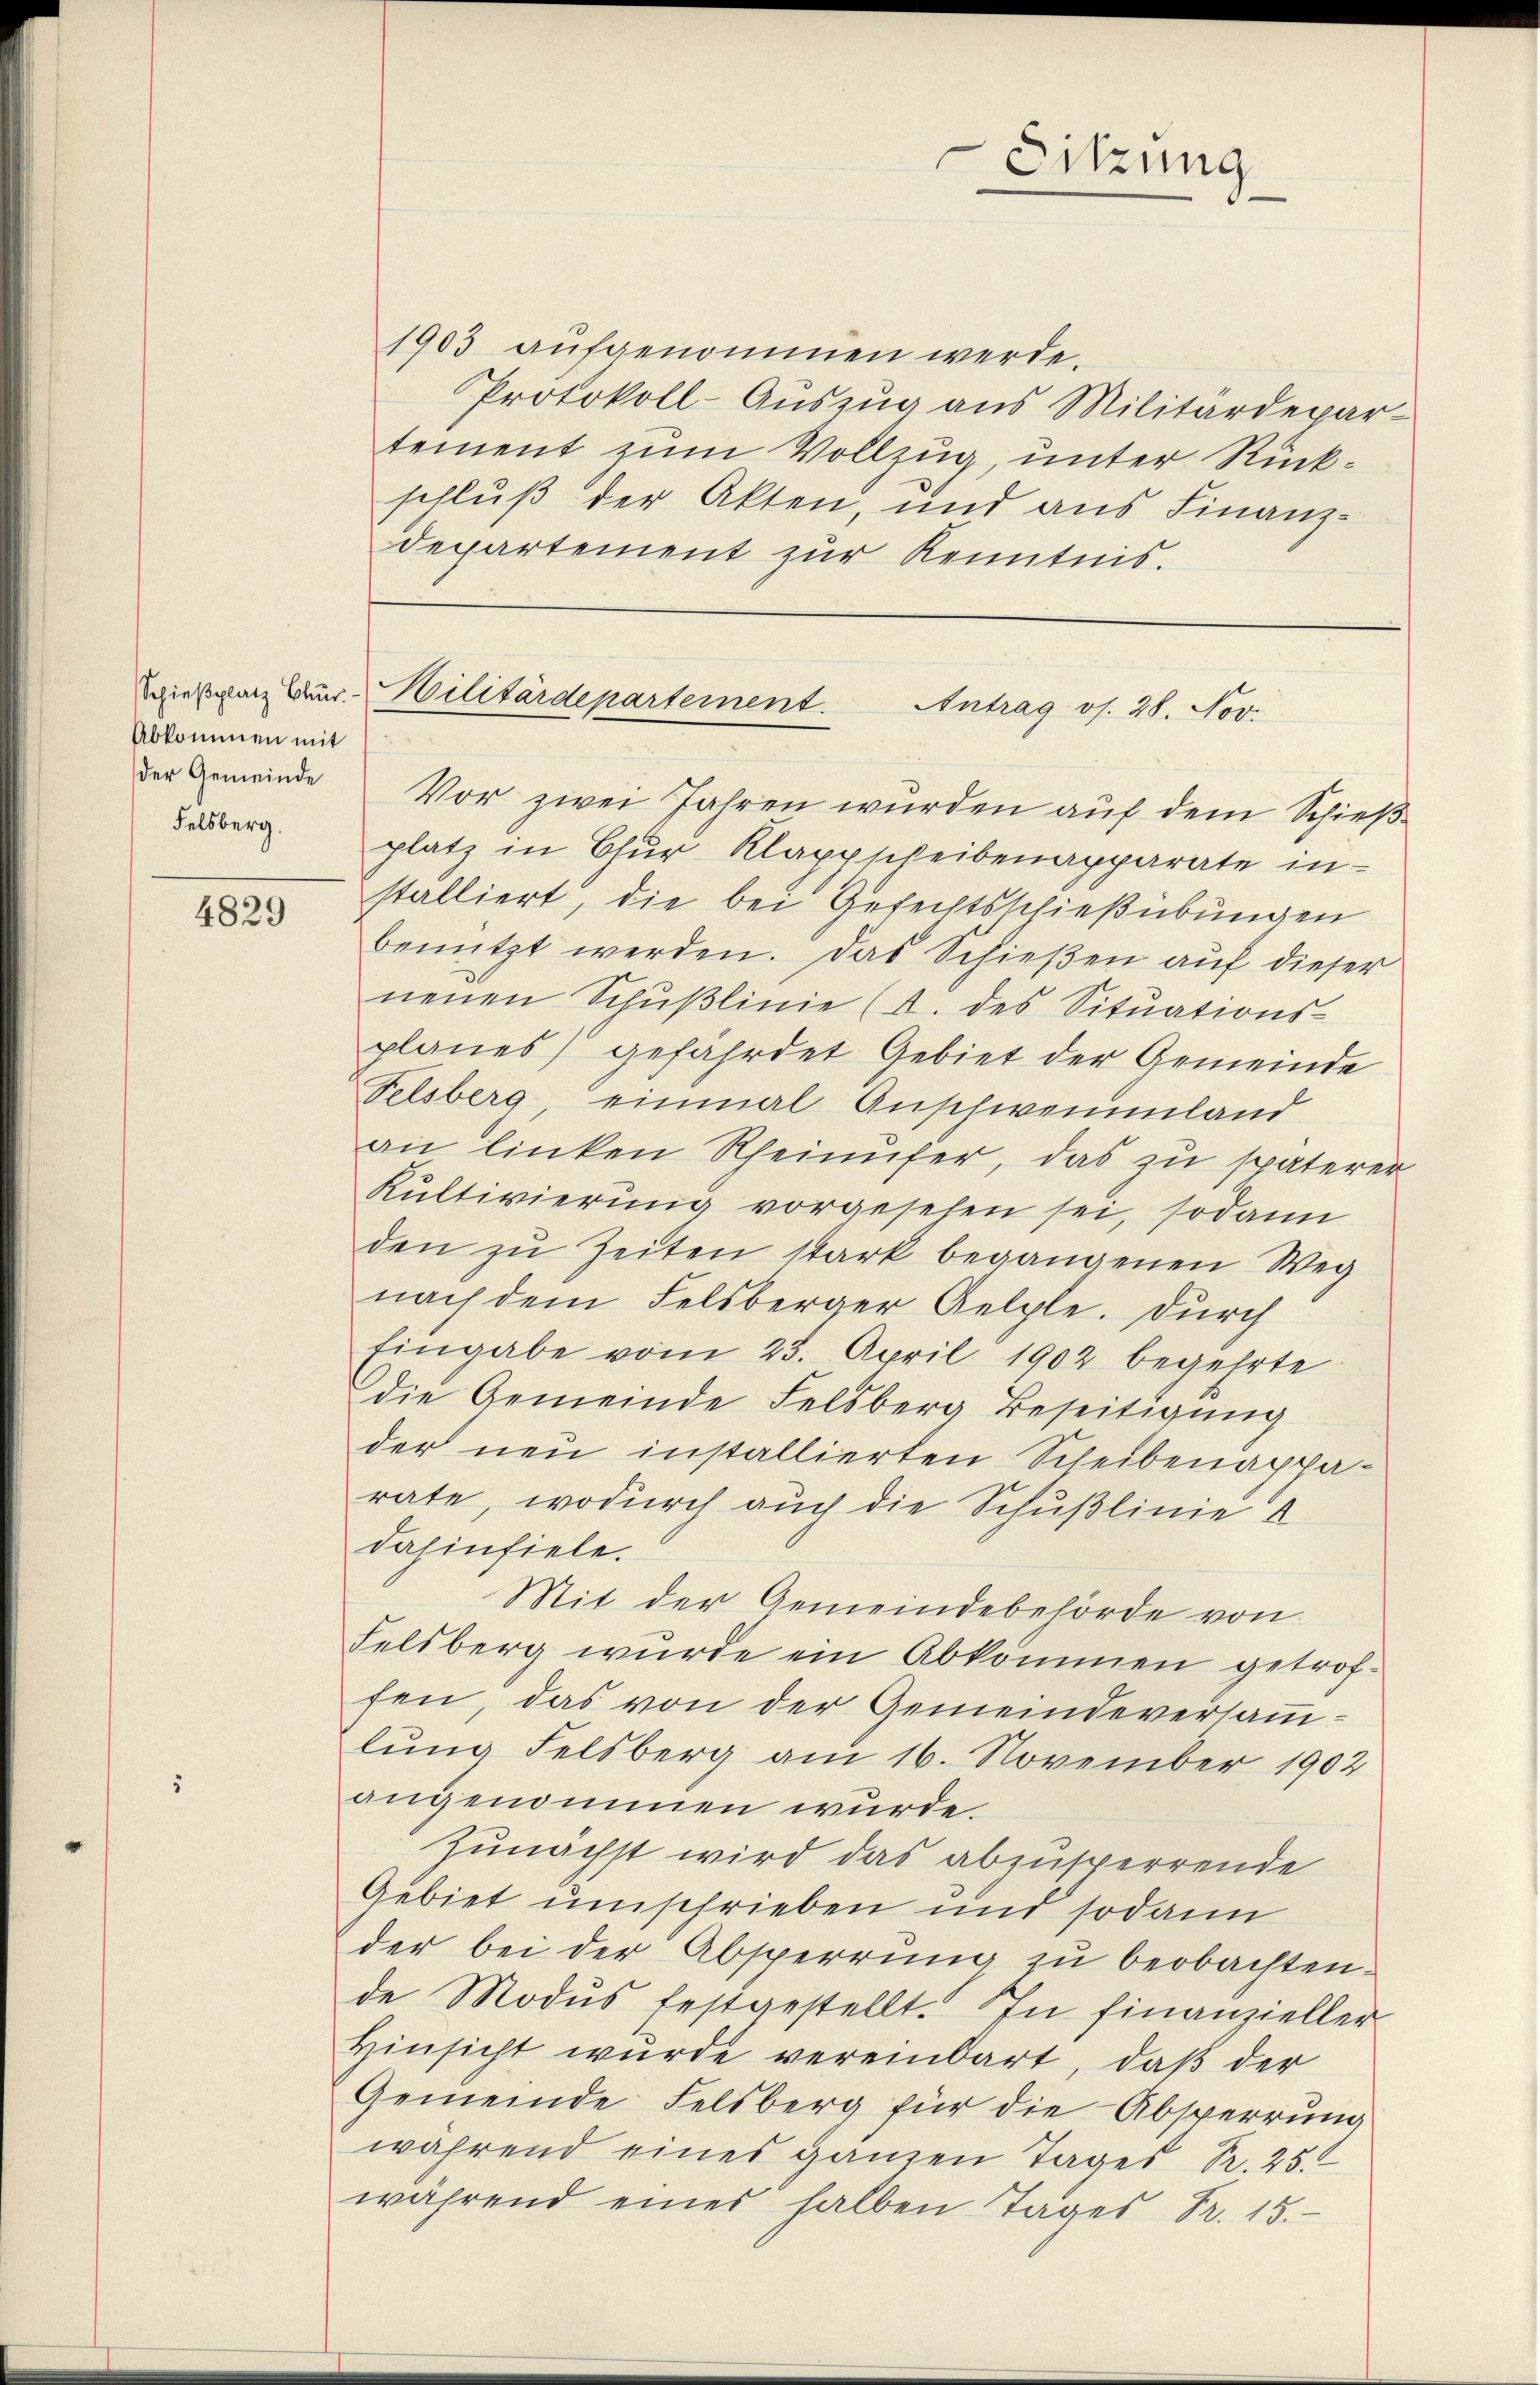
Schießplatz Blur.
Abkommen mit
der Gemeinde
Felsberg.

4829

1903 aufgenommen werde.
Protokoll-Auszug aus Militärdepar-
tement zum Vollzug, unter Rückschluß der Akten, und aus Finanzdepartement zur Kenntnis.

Vor zwei Jahren wurden auf dem Schießplatz in Chur Klappscheibenapparate in
stalliert, die bei Gefechtsschießübungen
benützt werden. Das Schießen auf dieser
neŭen Schŭβlinie (A. des Sitŭations-
planes) gefährdet Gebiet der Gemeinde
Felsberg, einmal Anschweinland
an linken Rheinufer, das zu späterer
Kultivierung vorgesehen sei, sodann
den zu Zeiten stark begangenen Weg
nach dem Felsberger Gelple. Durch
Eingabe vom 23. April 1902 begehrte
die Gemeinde Felsberg Beseitigŭng
der neu installierten Scheibenapparate, wodurch auch die Schußlinie
dahinfiele.
Mit der Gemeindebehörde von
Felsberg wurde ein Abkommen getroffen, das von der Gemeindeversammlŭng Felsberg am 16. November 1902
angenommen wurde.
Zunächst wird das abzusperrende
Gebiet umschrieben und sodann
der bei der Absperrung zu beobachten.
de Modus festgestellt. In finanzieller
Hinsicht wurde vereinbart, daβ der
Gemeinde Felsberg für die Absperrung
während eines ganzen Tages Pr. 25
während eines halben Tages Fr. 15.

Sitzung

Militärdepartement. Antrag os. 28. Nov.